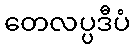
တေလပ္ပဒီပံ